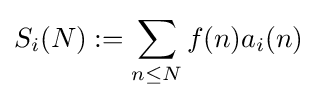
S_{i}(N):=\sum _{n\leq N}f(n)a_{i}(n)